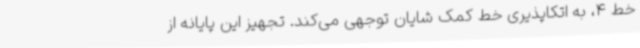
خط 4، به اتکاپذیری خط کمک شایان توجهی می‌کند. تجهیز این پایانه از